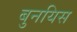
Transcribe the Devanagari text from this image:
बुनयिस